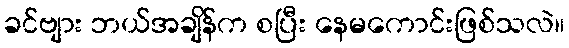
ခင်ဗျား ဘယ်အချိန်က စပြီး နေမကောင်းဖြစ်သလဲ။